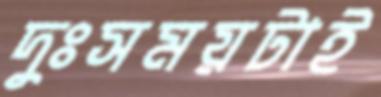
দুঃসময়টাই